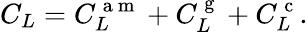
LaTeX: C_{L}=C_{L}^{\mathrm{~a~m~}}+C_{L}^{\mathrm{~g~}}+C_{L}^{\mathrm{~c~}}.